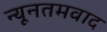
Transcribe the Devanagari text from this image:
न्यूनतमवाद